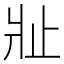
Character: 𱭍